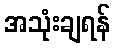
အသုံးချရန်